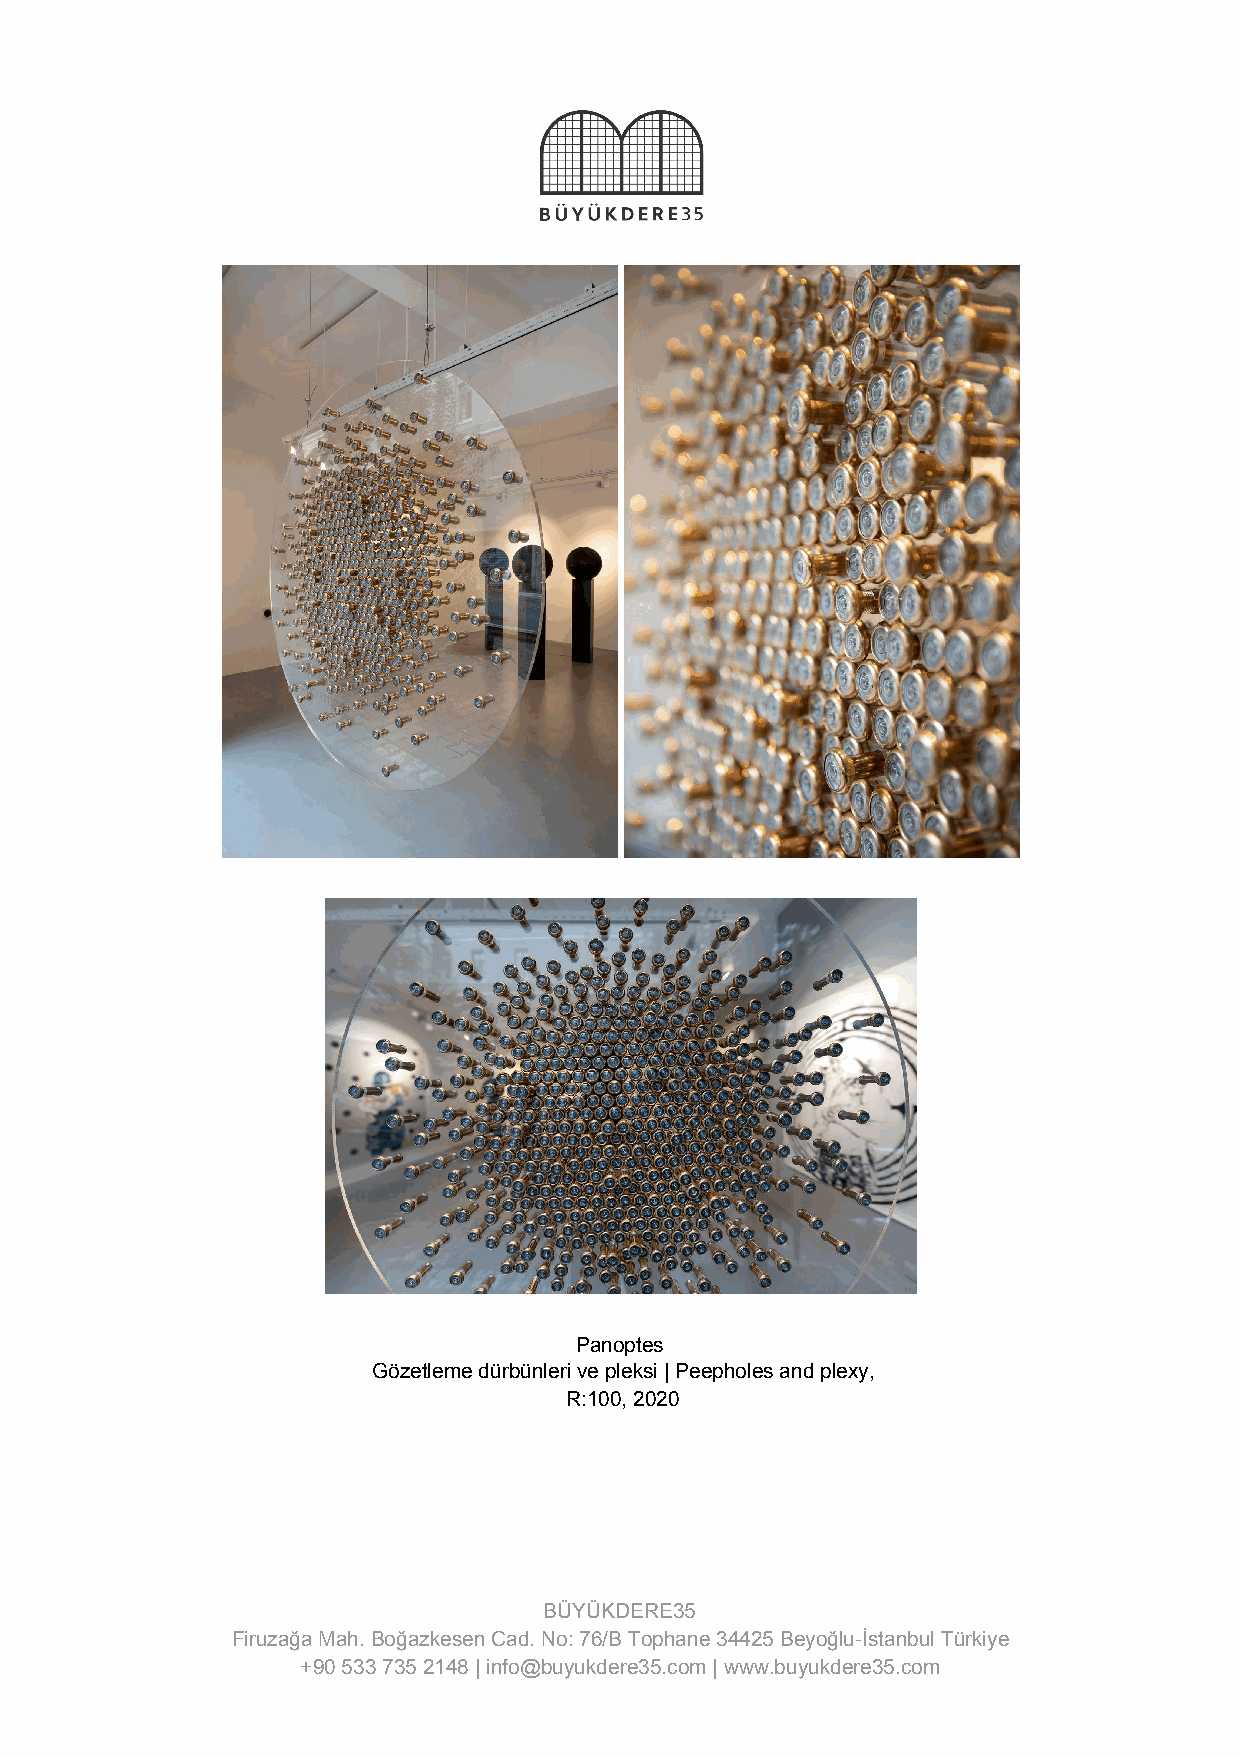
Panoptes
 Gözetleme dürbünleri ve pleksi | Peepholes and plexy,
 R:100, 2020
 BÜYÜKDERE35
 Firuzağa Mah. Boğazkesen Cad. No: 76/B Tophane 34425 Beyoğlu-İstanbul Türkiye
 +90 533 735 2148 | info@buyukdere35.com | www.buyukdere35.com